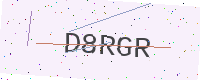
Text: D8RGR